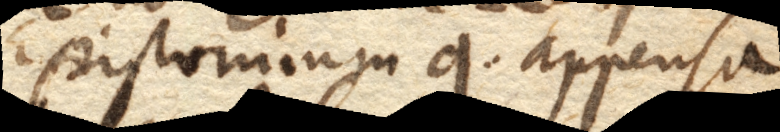
L. Epistomiumq. appensa